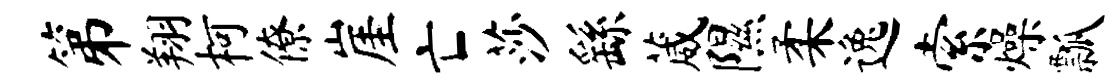
第翔柯僚崖亡莎繇葳隰柔逸索燥瓢